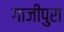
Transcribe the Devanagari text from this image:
गाजीपुरा